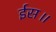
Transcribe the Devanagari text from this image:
ईस॥